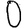
Digit: 0